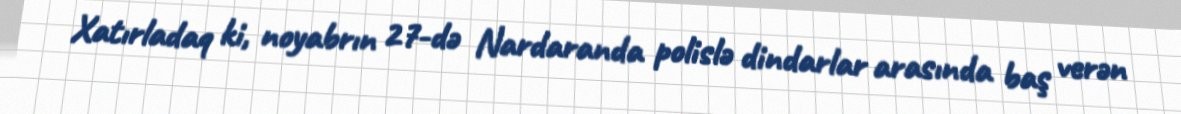
Xatırladaq ki, noyabrın 27-də Nardaranda polislə dindarlar arasında baş verən